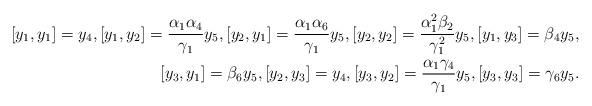
LaTeX: \begin{align*}[y_1, y_1]=y_4, [y_1, y_2]=\frac{\alpha_1\alpha_4}{\gamma_1}y_5, [y_2, y_1]=\frac{\alpha_1\alpha_6}{\gamma_1}y_5, [y_2, y_2]=\frac{\alpha^2_1\beta_2}{\gamma^2_1}y_5, [y_1, y_3]=\beta_4y_5, \\ [y_3, y_1]=\beta_6y_5, [y_2, y_3]=y_4, [y_3, y_2]=\frac{\alpha_1\gamma_4}{\gamma_1}y_5, [y_3, y_3]=\gamma_6y_5.\end{align*}